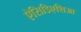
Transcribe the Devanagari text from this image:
ऐसिडिएशिआ